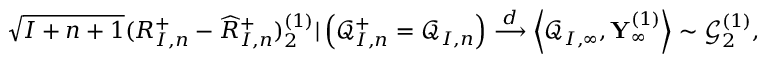
\begin{array} { r } { \sqrt { I + n + 1 } ( R _ { I , n } ^ { + } - \widehat { R } _ { I , n } ^ { + } ) _ { 2 } ^ { ( 1 ) } | \left( \mathcal { Q } _ { I , n } ^ { + } = \mathcal { Q } _ { I , n } \right) \overset { d } { \longrightarrow } \left\langle \mathcal { Q } _ { I , \infty } , \mathbf { Y } _ { \infty } ^ { ( 1 ) } \right\rangle \sim \mathcal { G } _ { 2 } ^ { ( 1 ) } , } \end{array}